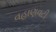
વહાણવટી